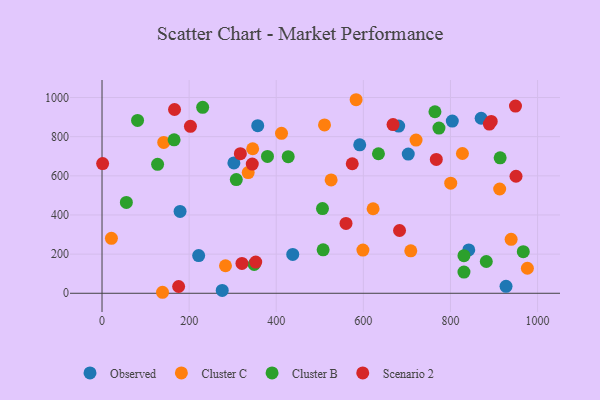
{"axis": {"x": "Speed", "y": "Profit"}, "legend": ["Cluster B", "Cluster C", "Observed", "Scenario 2"], "data": [{"x": "703.1", "y": 711.1, "type": "Observed"}, {"x": "276.0", "y": 14.5, "type": "Observed"}, {"x": "221.9", "y": 192.4, "type": "Observed"}, {"x": "681.1", "y": 854.3, "type": "Observed"}, {"x": "179.2", "y": 418.0, "type": "Observed"}, {"x": "357.5", "y": 856.0, "type": "Observed"}, {"x": "591.7", "y": 758.2, "type": "Observed"}, {"x": "804.2", "y": 879.9, "type": "Observed"}, {"x": "870.5", "y": 894.1, "type": "Observed"}, {"x": "302.8", "y": 666.0, "type": "Observed"}, {"x": "842.0", "y": 221.5, "type": "Observed"}, {"x": "927.6", "y": 35.3, "type": "Observed"}, {"x": "437.9", "y": 198.7, "type": "Observed"}, {"x": "141.7", "y": 770.6, "type": "Cluster C"}, {"x": "583.4", "y": 988.8, "type": "Cluster C"}, {"x": "283.5", "y": 140.6, "type": "Cluster C"}, {"x": "939.3", "y": 275.6, "type": "Cluster C"}, {"x": "976.6", "y": 127.8, "type": "Cluster C"}, {"x": "345.9", "y": 738.3, "type": "Cluster C"}, {"x": "708.9", "y": 217.1, "type": "Cluster C"}, {"x": "412.1", "y": 817.3, "type": "Cluster C"}, {"x": "526.0", "y": 578.9, "type": "Cluster C"}, {"x": "721.0", "y": 782.8, "type": "Cluster C"}, {"x": "510.8", "y": 860.3, "type": "Cluster C"}, {"x": "913.0", "y": 532.6, "type": "Cluster C"}, {"x": "335.6", "y": 616.8, "type": "Cluster C"}, {"x": "800.6", "y": 562.5, "type": "Cluster C"}, {"x": "622.4", "y": 431.8, "type": "Cluster C"}, {"x": "827.5", "y": 714.1, "type": "Cluster C"}, {"x": "138.9", "y": 5.1, "type": "Cluster C"}, {"x": "599.0", "y": 220.8, "type": "Cluster C"}, {"x": "21.6", "y": 280.6, "type": "Cluster C"}, {"x": "379.9", "y": 698.9, "type": "Cluster B"}, {"x": "967.2", "y": 212.5, "type": "Cluster B"}, {"x": "773.6", "y": 844.2, "type": "Cluster B"}, {"x": "81.6", "y": 883.0, "type": "Cluster B"}, {"x": "506.2", "y": 432.8, "type": "Cluster B"}, {"x": "507.7", "y": 222.1, "type": "Cluster B"}, {"x": "55.9", "y": 464.2, "type": "Cluster B"}, {"x": "831.0", "y": 192.2, "type": "Cluster B"}, {"x": "831.0", "y": 108.3, "type": "Cluster B"}, {"x": "882.3", "y": 162.3, "type": "Cluster B"}, {"x": "231.1", "y": 950.0, "type": "Cluster B"}, {"x": "308.3", "y": 580.7, "type": "Cluster B"}, {"x": "634.7", "y": 712.8, "type": "Cluster B"}, {"x": "914.1", "y": 691.9, "type": "Cluster B"}, {"x": "127.6", "y": 658.8, "type": "Cluster B"}, {"x": "165.5", "y": 783.8, "type": "Cluster B"}, {"x": "764.4", "y": 927.4, "type": "Cluster B"}, {"x": "349.4", "y": 147.4, "type": "Cluster B"}, {"x": "427.5", "y": 697.7, "type": "Cluster B"}, {"x": "889.3", "y": 864.2, "type": "Scenario 2"}, {"x": "767.5", "y": 684.0, "type": "Scenario 2"}, {"x": "574.5", "y": 661.6, "type": "Scenario 2"}, {"x": "949.3", "y": 956.5, "type": "Scenario 2"}, {"x": "352.9", "y": 159.5, "type": "Scenario 2"}, {"x": "893.6", "y": 878.0, "type": "Scenario 2"}, {"x": "321.3", "y": 152.4, "type": "Scenario 2"}, {"x": "560.2", "y": 356.7, "type": "Scenario 2"}, {"x": "345.0", "y": 660.0, "type": "Scenario 2"}, {"x": "683.1", "y": 320.8, "type": "Scenario 2"}, {"x": "950.5", "y": 597.9, "type": "Scenario 2"}, {"x": "175.9", "y": 34.7, "type": "Scenario 2"}, {"x": "1.4", "y": 662.5, "type": "Scenario 2"}, {"x": "166.5", "y": 938.9, "type": "Scenario 2"}, {"x": "203.0", "y": 853.0, "type": "Scenario 2"}, {"x": "668.2", "y": 862.0, "type": "Scenario 2"}, {"x": "317.6", "y": 713.4, "type": "Scenario 2"}]}